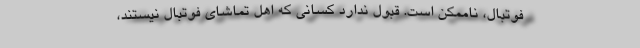
فوتبال، ناممکن است. قبول ندارد کسانی که اهل تماشای فوتبال نیستند،